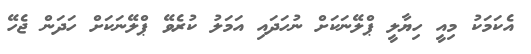
އެކަމަކު މިއީ ހިޔާލީ ޕްލޭނަކަށް ނުހަދައި އަމަލު ކުރެވޭ ޕްލޭނަކަށް ހަދަން ޖެހޭ